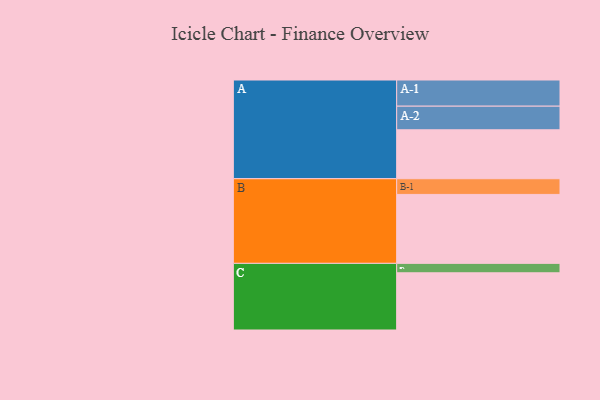
{"axis": {"x": "Segment", "y": "Value"}, "legend": ["", "A", "B", "C"], "data": [{"x": "A", "y": 421, "type": ""}, {"x": "B", "y": 593, "type": ""}, {"x": "C", "y": 492, "type": ""}, {"x": "A-1", "y": 225, "type": "A"}, {"x": "A-2", "y": 203, "type": "A"}, {"x": "B-1", "y": 135, "type": "B"}, {"x": "C-1", "y": 81, "type": "C"}]}